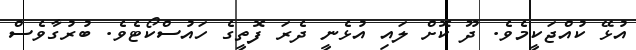
އުޅޭ ކުއްޖަކީމެވެ. ދޫ ކޮށް ލައި އުޅެނީ ދެރަ ފޮތީގެ ހައުސްކޯޓެވެ. ބުރުގާވެސް